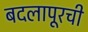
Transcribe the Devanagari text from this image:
बदलापूरची